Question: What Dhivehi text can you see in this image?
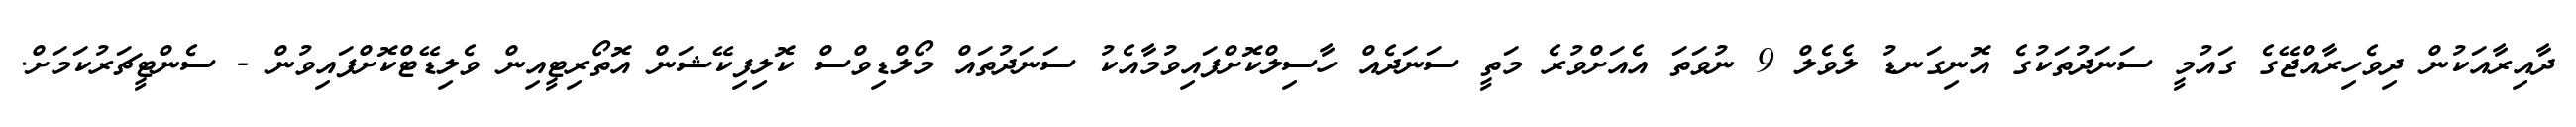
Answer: ދާއިރާއަކުން ދިވެހިރާއްޖޭގެ ގައުމީ ސަނަދުތަކުގެ އޮނިގަނޑު ލެވެލް 9 ނުވަތަ އެއަށްވުރެ މަތީ ސަނަދެއް ހާސިލްކޮށްފައިވުމާއެކު ސަނަދުތައް މޯލްޑިވްސް ކޮލިފިކޭޝަން އޮތޯރިޓީއިން ވެލިޑޭޓްކޮށްފައިވުން - ސެންޓީޗަރުކަމަށް.